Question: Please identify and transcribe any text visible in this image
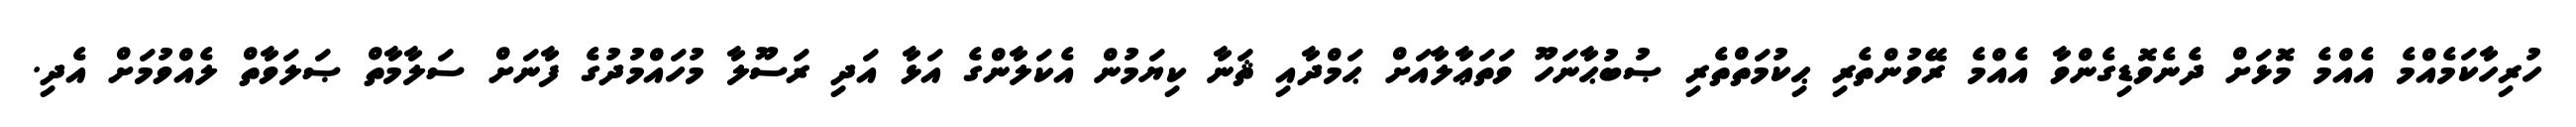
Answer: ހުރިހާކަމެއްމެ އެއްމެ މޮޅަށް ދެނެވޮޑިގެންވާ އެއްމެ ރޭވުންތެރި ޙިކުމަތްތެރި ޞުބުޙާނަހޫ ވަތަޢާލާއަށް ޙަމްދާއި ޘަނާ ކިޔަމުން އެކަލާންގެ އަޅާ އަދި ރަސޫލާ މުހައްމުދުގެ ފާނަށް ސަލާމާތް ޞަލަވާތް ލެއްވުމަށް އެދި.